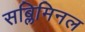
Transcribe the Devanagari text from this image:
सब्लिमिनल